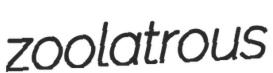
zoolatrous